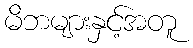
မိဘများနှင့်အတူ